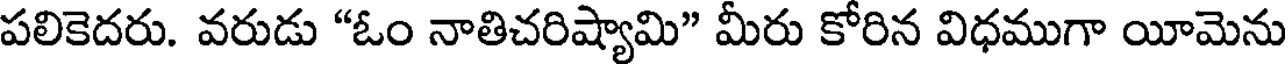
పలికెదరు. వరుడు "ఓం నాతిచరిష్యామి" మీరు కోరిన విధముగా యీమెను